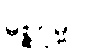
မစ္ဆဂုမ္ဗာပိ